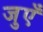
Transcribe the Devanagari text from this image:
जुएँ